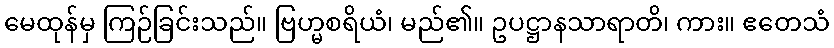
မေထုန်မှ ကြဉ်ခြင်းသည်။ ဗြဟ္မစရိယံ၊ မည်၏။ ဥပဋ္ဌာနသာရာတိ၊ ကား။ ဧတေသံ